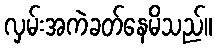
လှမ်းအကဲခတ်နေမိသည်။